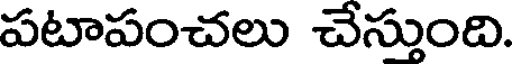
పటాపంచలు చేస్తుంది.